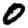
Digit: 0